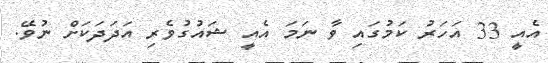
އެއީ 33 އަހަރު ކަމުގައި ވާ ނަމަ އެއީ ޝައުގުވެރި އަދަދަކަށް ނުވޭ.